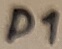
Text: D1